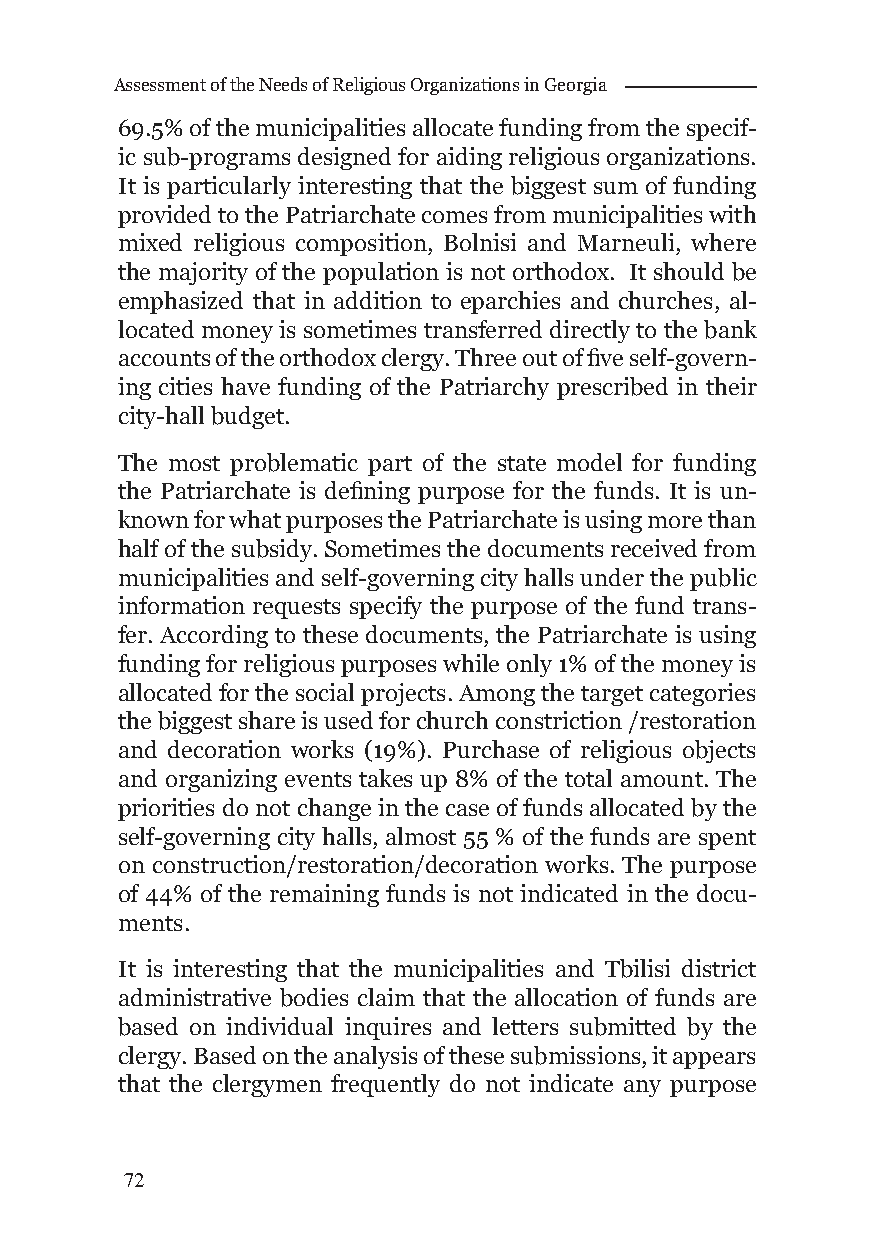
Assessment of the Needs of Religious Organizations in Georgia
 69.5% of the municipalities allocate funding from the specif-
 ic sub-programs designed for aiding religious organizations.
 It is particularly interesting that the biggest sum of funding
 provided to the Patriarchate comes from municipalities with
 mixed religious composition, Bolnisi and Marneuli, where
 the majority of the population is not orthodox. It should be
 emphasized that in addition to eparchies and churches, al-
 located money is sometimes transferred directly to the bank
 accounts of the orthodox clergy. Three out of fi ve self-govern-
 ing cities have funding of the Patriarchy prescribed in their
 city-hall budget.
 The most problematic part of the state model for funding
 the Patriarchate is defi ning purpose for the funds. It is un-
 known for what purposes the Patriarchate is using more than
 half of the subsidy. Sometimes the documents received from
 municipalities and self-governing city halls under the public
 information requests specify the purpose of the fund trans-
 fer. According to these documents, the Patriarchate is using
 funding for religious purposes while only 1% of the money is
 allocated for the social projects. Among the target categories
 the biggest share is used for church constriction /restoration
 and decoration works (19%). Purchase of religious objects
 and organizing events takes up 8% of the total amount. The
 priorities do not change in the case of funds allocated by the
 self-governing city halls, almost 55 % of the funds are spent
 on construction/restoration/decoration works. The purpose
 of 44% of the remaining funds is not indicated in the docu-
 ments.
 It is interesting that the municipalities and Tbilisi district
 administrative bodies claim that the allocation of funds are
 based on individual inquires and letters submitted by the
 clergy. Based on the analysis of these submissions, it appears
 that the clergymen frequently do not indicate any purpose
 72